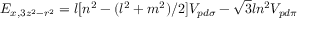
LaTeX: E _ { x , 3 z ^ { 2 } - r ^ { 2 } } = l [ n ^ { 2 } - ( l ^ { 2 } + m ^ { 2 } ) / 2 ] V _ { p d \sigma } - { \sqrt { 3 } } l n ^ { 2 } V _ { p d \pi }